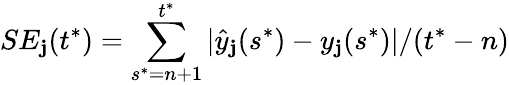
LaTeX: SE_{\mathbf{j}}(t^{*})=\sum_{s^{*}=n+1}^{t^{*}}|\hat{{y}}_{\mathbf{j}}(s^{*})-y_{\mathbf{j}}(s^{*})|/(t^{*}-n)